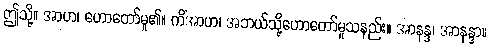
ဤသို့။ အာဟ၊ ဟောတော်မူ၏။ ကိံအာဟ၊ အဘယ်သို့ဟောတော်မူသနည်း။ အာနန္ဒ၊ အာနန္ဒာ။